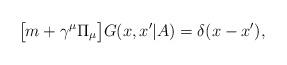
LaTeX: \begin{align*}\bigl[ m+ \gamma^\mu \Pi_\mu \bigr] G(x,x'|A)=\delta(x-x'), \end{align*}